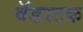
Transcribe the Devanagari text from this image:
वॅडस्टक